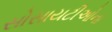
સોસાયટીઓના